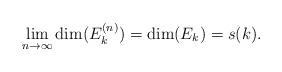
LaTeX: \begin{align*} \lim_{n \rightarrow \infty} \dim(E_k^{(n)} ) =\dim(E_k)= s(k). \end{align*}